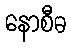
နောစီဓ